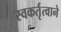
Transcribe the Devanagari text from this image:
स्वकर्तृत्वाने